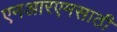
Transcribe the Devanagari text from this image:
एनआरएमसाठी